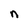
Character: n